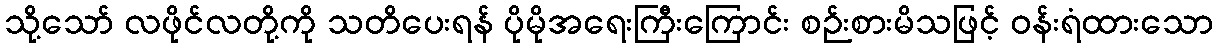
သို့သော် လဖိုင်လတို့ကို သတိပေးရန် ပိုမိုအရေးကြီးကြောင်း စဉ်းစားမိသဖြင့် ဝန်းရံထားသော